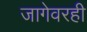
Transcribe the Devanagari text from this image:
जागेवरही